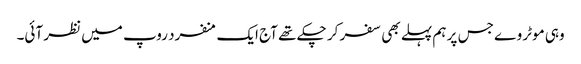
وہی موٹر وے جس پر ہم پہلے بھی سفر کر چکے تھے آج ایک منفرد روپ میں نظر آئی۔